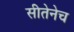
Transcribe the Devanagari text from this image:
सीतेनेच